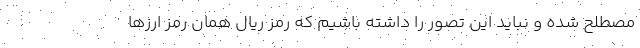
مصطلح شده و نباید این تصور را داشته باشیم که رمز ریال همان رمز ارزها